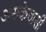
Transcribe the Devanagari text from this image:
असकेवासी